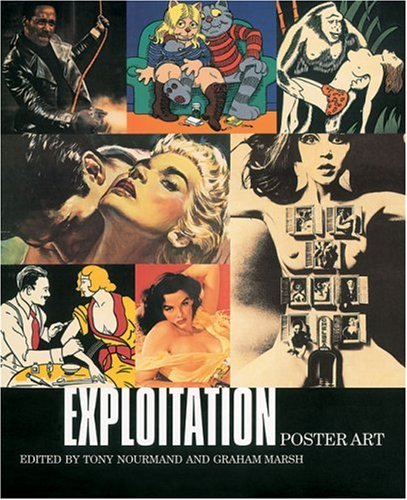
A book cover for Exploitation Poster Art; Crafts, Hobbies & Home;